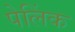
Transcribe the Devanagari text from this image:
पेलिंक